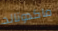
ماكدونالد